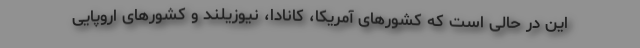
این در حالی است که کشورهای آمریکا، کانادا، نیوزیلند و کشورهای اروپایی